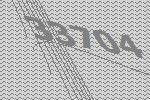
33704